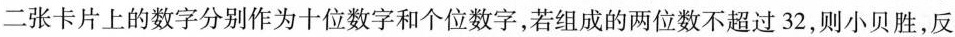
二张卡片上的数字分别作为十位数字和个位数字，若组成的两位数不超过32，则小贝胜，反